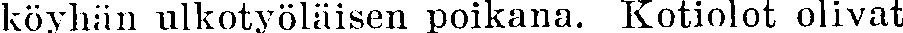
köyhän ulkotyöläisen poikana. Kotiolot olivat